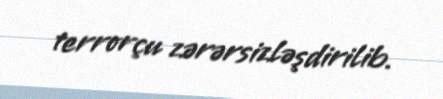
terrorçu zərərsizləşdirilib.